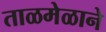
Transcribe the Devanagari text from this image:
ताळमेळाने